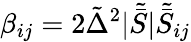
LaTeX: \beta_{ij}=2\tilde{\Delta}^{2}|\tilde{\bar{S}}|\tilde{\bar{S}}_{ij}